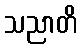
သညာတိ